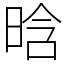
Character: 晗